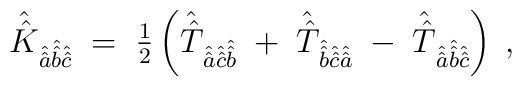
\hat{\hat{K}}_{\hat{\hat{a}}\hat{\hat{b}}\hat{\hat{c}}} \;=\; {\textstyle\frac{1}{2}}\left(\hat{\hat{T}}_{\hat{\hat{a}}\hat{\hat{c}}\hat{\hat{b}}} \; +\; \hat{\hat{T}}_{\hat{\hat{b}}\hat{\hat{c}}\hat{\hat{a}}} \; -\; \hat{\hat{T}}_{\hat{\hat{a}}\hat{\hat{b}}\hat{\hat{c}}} \right) \; ,